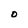
Character: O